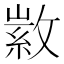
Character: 𢾰